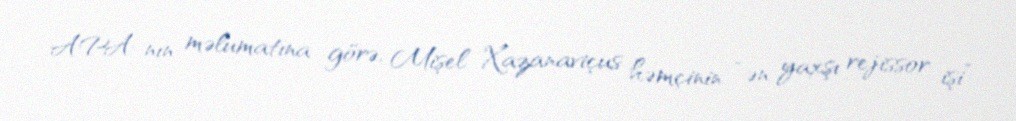
APA-nın məlumatına görə, Mişel Xazanaviçus həmçinin “ən yaxşı rejissor işi”